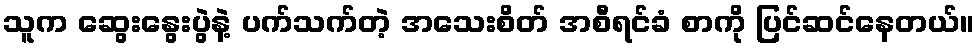
သူက ဆွေးနွေးပွဲနဲ့ ပက်သက်တဲ့ အသေးစိတ် အစီရင်ခံ စာကို ပြင်ဆင်နေတယ်။